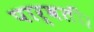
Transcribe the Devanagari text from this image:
पार्वती।